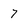
Character: 7